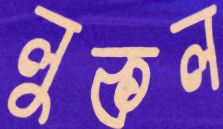
লুকল